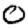
Digit: 0